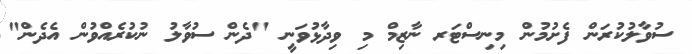
ސުވާލުކުރަން ފެށުމުން މިނިސްޓަރ ނާޒިމް މި ވިދާޅުވަނީ "ދެން ސުވާލު ނުކުރެއްވުން އެދެން"